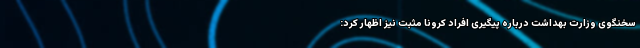
سخنگوی وزارت بهداشت درباره پیگیری افراد کرونا مثبت نیز اظهار کرد: